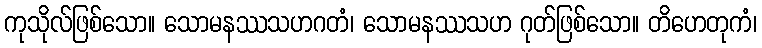
ကုသိုလ်ဖြစ်သော။ သောမနဿသဟဂတံ၊ သောမနဿသဟ ဂုတ်ဖြစ်သော။ တိဟေတုကံ၊